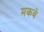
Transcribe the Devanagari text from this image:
मकबे